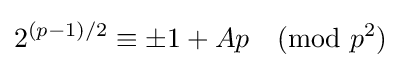
2^{(p-1)/2}\equiv \pm 1+Ap{\pmod {p^{2}}}